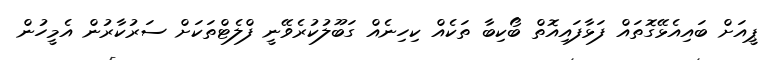
ޕީއަށް ބައިއެޅޭގޮތައް ފަޅާފައިއޮތް ބޯކިބާ ތަކެއް ކިހިނެއް ގަބޫލުކުރެވޭނީ ފްލެޓްތަކަށް ސަރުކާރުން އެމީހުން